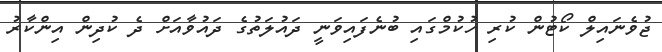
ޖުވެނައިލް ކޯޓުން ކުރި ހުކުމްގައި ބުނެފައިވަނީ ދައުލަތުގެ ދައުވާއަށް ދެ ކުދިން އިންކާރު